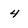
Character: 4